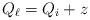
LaTeX: \begin{align*}Q_\ell=Q_i+z\end{align*}